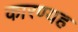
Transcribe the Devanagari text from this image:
कारण्यह